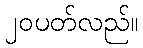
၂၀ပတ်လည်။